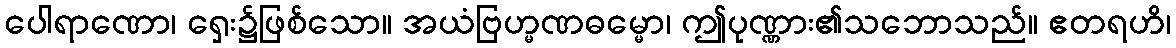
ပေါရာဏော၊ ရှေး၌ဖြစ်သော။ အယံဗြဟ္မဏဓမ္မော၊ ဤပုဏ္ဏား၏သဘောသည်။ ဧတရဟိ၊